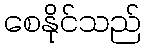
စေနိုင်သည်